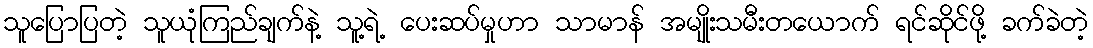
သူပြောပြတဲ့ သူယုံကြည်ချက်နဲ့ သူ့ရဲ့ ပေးဆပ်မှုဟာ သာမာန် အမျိုးသမီးတယောက် ရင်ဆိုင်ဖို့ ခက်ခဲတဲ့